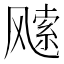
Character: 𩙭